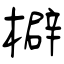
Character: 檘